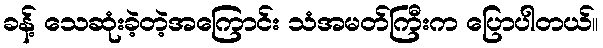
ခန့် သေဆုံးခဲ့တဲ့အကြောင်း သံအမတ်ကြီးက ပြောပါတယ်။